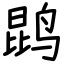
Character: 鹍